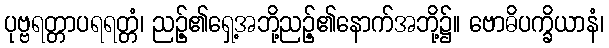
ပုဗ္ဗရတ္တာပရရတ္တံ၊ ညဉ့်၏ရှေ့အဘို့ညဉ့်၏နောက်အဘို့၌။ ဗောဓိပက္ခိယာနံ၊